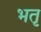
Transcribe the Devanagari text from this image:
भतृ